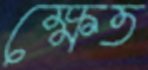
ক্ষেত